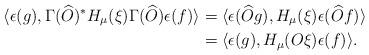
LaTeX: \begin{align*}\langle \epsilon(g), \Gamma(\widehat{O})^*H_\mu(\xi)\Gamma(\widehat{O})\epsilon(f)\rangle&=\langle \epsilon(\widehat{O}g), H_\mu(\xi)\epsilon(\widehat{O}f)\rangle\\&=\langle \epsilon(g), H_\mu(O\xi)\epsilon(f)\rangle.\end{align*}